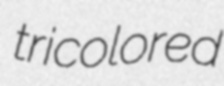
tricolored